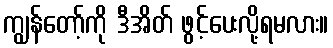
ကျွန်တော့်ကို ဒီအိတ် ဖွင့်ပေးလို့ရမလား။